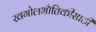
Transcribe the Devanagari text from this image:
खगोलभौतिकीसाठी